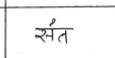
मजकूर: संत